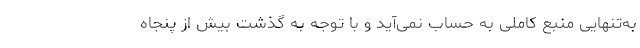
به‌تنهایی منبع کاملی به حساب نمی‌آید و با توجه به گذشت بیش از پنجاه